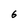
Character: 6